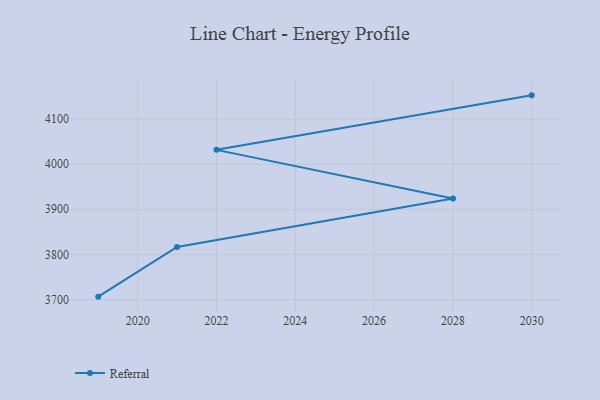
{"axis": {"x": "Year", "y": "Inventory Turnover"}, "legend": ["Referral"], "data": [{"x": "2019", "y": 3706.4, "type": "Referral"}, {"x": "2021", "y": 3816.4, "type": "Referral"}, {"x": "2028", "y": 3923.7, "type": "Referral"}, {"x": "2022", "y": 4031.7, "type": "Referral"}, {"x": "2030", "y": 4152.5, "type": "Referral"}]}